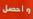
واحصل